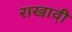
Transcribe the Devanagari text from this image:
राखावी़